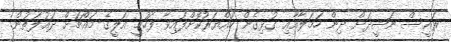
ރައީސް ނަޝީދަށް ދިން ހަމަލާއާއި ގުޅިގެން ހައްޔަރުކޮށްފައިވާ ފަހުމީ އަލީގެ މައްޗަށް ދައުލަތުން